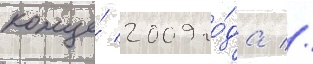
конце́ 2009 го́да //